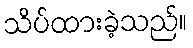
သိပ်ထားခဲ့သည်။